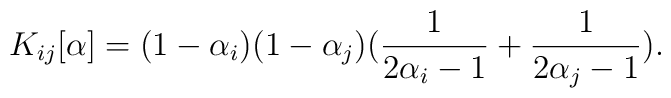
K_{ij}[\alpha]=(1-\alpha_i)(1-\alpha_j)(\frac{1}{2\alpha_i-1}+\frac{1}{2\alpha_j-1}).